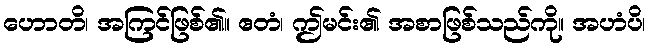
ဟောတိ၊ အကြင်ဖြစ်၏။ ဧတံ၊ ဤမင်း၏ အစာဖြစ်သည်ကို။ အဟံပိ၊